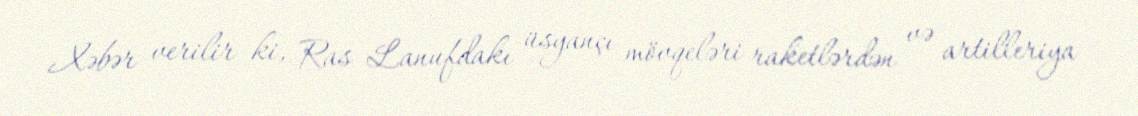
Xəbər verilir ki, Ras Lanufdakı üsyançı mövqeləri raketlərdən və artilleriya